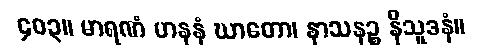
၄၀၃။ မာရဏံ ဟနနံ ဃာတော၊ နာသနဉ္စ နိသူဒနံ။